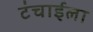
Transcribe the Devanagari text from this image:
टंचाईला